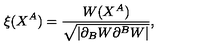
\xi ( X ^ { A } ) = \frac { W ( X ^ { A } ) } { \sqrt { | \partial _ { B } W \partial ^ { B } W | } } ,